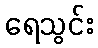
ရေသွင်း